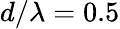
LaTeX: d/\lambda=0.5